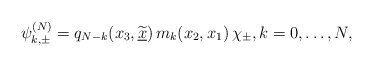
\begin{align*} \psi_{k,\pm}^{(N)}=q_{N-k}(x_3,\widetilde{\underline{x}})\,m_{k}(x_2,x_1)\,\chi_{\pm},k=0,\ldots,N,\end{align*}